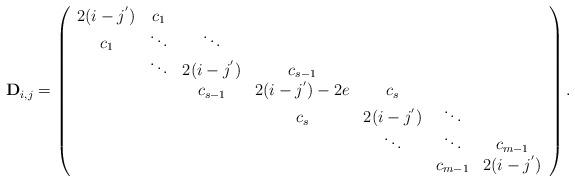
LaTeX: \begin{align*}\mathbf{D}_{i,j}=\left(\begin{array}{ccccccc}2(i-j^{'}) & c_{1} & & & & & \\c_{1} & \ddots & \ddots & & & &\\& \ddots & 2(i-j^{'}) & c_{s-1} & & &\\& & c_{s-1} & 2(i-j^{'})-2e & c_{s} & &\\& & & c_{s} & 2(i-j^{'}) & \ddots &\\& & & & \ddots & \ddots & c_{m-1} \\& & & & & c_{m-1} & 2(i-j^{'})\end{array}\right).\end{align*}